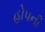
હોપની